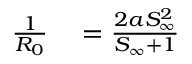
\begin{array} { r l } { \frac { 1 } { R _ { 0 } } } & { { } = \frac { 2 a S _ { \infty } ^ { 2 } } { S _ { \infty } + 1 } } \end{array}